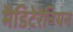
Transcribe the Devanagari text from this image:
मैडिटेरेनियन